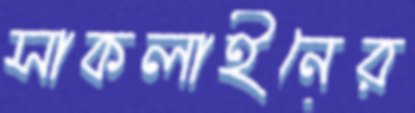
সাকলাইনের